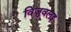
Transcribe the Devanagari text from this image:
विजुवलइ